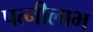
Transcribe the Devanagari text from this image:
पत्नीलाभ